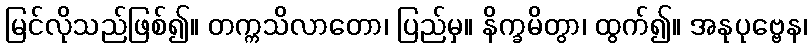
မြင်လိုသည်ဖြစ်၍။ တက္ကသိလာတော၊ ပြည်မှ။ နိက္ခမိတွာ၊ ထွက်၍။ အနုပုဗ္ဗေန၊